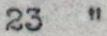
23  "